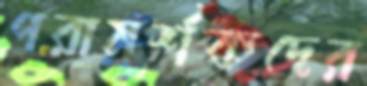
পরামর্শকদের